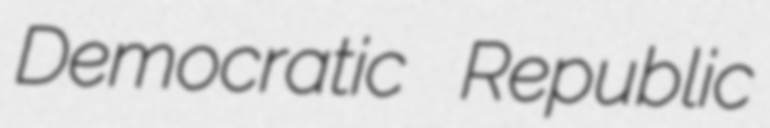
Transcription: Democratic Republic